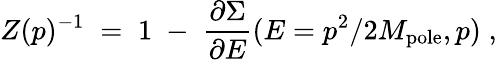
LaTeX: Z(p)^{-1}\; =\; 1\; -\; {\frac{\partial\Sigma}{\partial E}}(E=p^{2}/2M_{\mathrm{pole}},p)\; ,